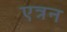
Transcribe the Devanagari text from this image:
एत्रन